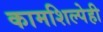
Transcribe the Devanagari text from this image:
कामशिल्पेही